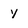
Character: y